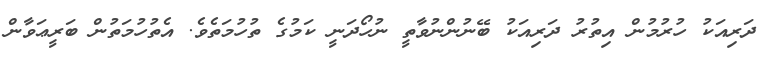
ދަރިއަކު ހުރުމުން އިތުރު ދަރިއަކު ބޭނުންނުވާތީ ނުހޯދަނީ ކަމުގެ ތުހުމަތެވެ. އެތުހުމަތުން ބަރީޢަވާން